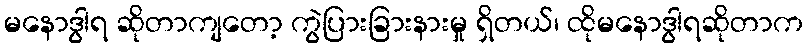
မနောဒွါရ ဆိုတာကျတော့ ကွဲပြားခြားနားမှု ရှိတယ်၊ ထိုမနောဒွါရဆိုတာက